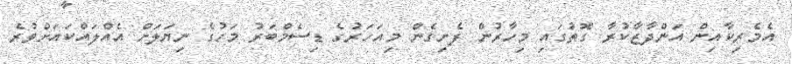
އެމެރިކާއިން އަންދާޒާކުރާ ގޮތުގައި މިހާރުން ފެށިގެން މިއަހަރުގެ ޑިސެމްބަރު މަހުގެ ނިޔަލަށް އެއްލައްކައަށްވުރެ